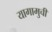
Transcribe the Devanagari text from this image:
यागामुची